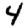
Digit: 4